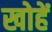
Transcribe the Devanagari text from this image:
खोहें